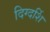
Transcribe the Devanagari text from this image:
दिग्दर्शि